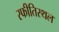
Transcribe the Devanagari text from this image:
स्फीतिस्थल